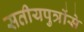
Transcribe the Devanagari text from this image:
सतीयपुत्रोंसे